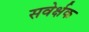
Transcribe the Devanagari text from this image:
सवेर्क्षक